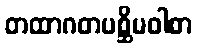
တထာဂတပစ္ဆိမဝါစာ